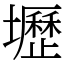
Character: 壢